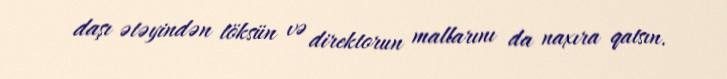
daşı ətəyindən töksün və direktorun mallarını da naxıra qatsın.